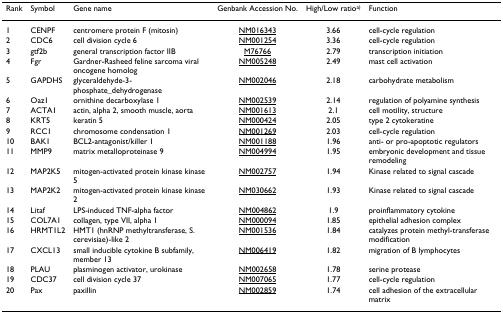
| Rank | Symbol | Gene name | Genbank Accession No. | High/Low ratioa) | Function |
 | --- | --- | --- | --- | --- | --- |
 | 1 | CENPF | centromere protein F (mitosin) | NM016343 | 3.66 | cell-cycle regulation |
 | 2 | CDC6 | cell division cycle 6 | NM001254 | 3.36 | cell-cycle regulation |
 | 3 | gtf2b | general transcription factor IIB | M76766 | 2.79 | transcription initiation |
 | 4 | Fgr | Gardner-Rasheed feline sarcoma viral oncogene homolog | NM005248 | 2.49 | mast cell activation |
 | 5 | GAPDHS | glyceraldehyde-3-phosphate_dehydrogenase | NM002046 | 2.18 | carbohydrate metabolism |
 | 6 | Oaz1 | ornithine decarboxylase 1 | NM002539 | 2.14 | regulation of polyamine synthesis |
 | 7 | ACTA1 | actin, alpha 2, smooth muscle, aorta | NM001613 | 2.1 | cell motility, structure |
 | 8 | KRT5 | keratin 5 | NM000424 | 2.05 | type 2 cytokeratine |
 | 9 | RCC1 | chromosome condensation 1 | NM001269 | 2.03 | cell-cycle regulation |
 | 10 | BAK1 | BCL2-antagonist/killer 1 | NM001188 | 1.96 | anti- or pro-apoptotic regulators |
 | 11 | MMP9 | matrix metalloproteinase 9 | NM004994 | 1.95 | embryonic development and tissue remodeling |
 | 12 | MAP2K5 | mitogen-activated protein kinase kinase 5 | NM002757 | 1.94 | Kinase related to signal cascade |
 | 13 | MAP2K2 | mitogen-activated protein kinase kinase 2 | NM030662 | 1.93 | Kinase related to signal cascade |
 | 14 | Litaf | LPS-induced TNF-alpha factor | NM004862 | 1.9 | proinflammatory cytokine |
 | 15 | COL7A1 | collagen, type VII, alpha 1 | NM000094 | 1.85 | epithelial adhesion complex |
 | 16 | HRMT1L2 | HMT1 (hnRNP methyltransferase, S. cerevisiae)-like 2 | NM001536 | 1.84 | catalyzes protein methyl-transferase modification |
 | 17 | CXCL13 | small inducible cytokine B subfamily, member 13 | NM006419 | 1.82 | migration of B lymphocytes |
 | 18 | PLAU | plasminogen activator, urokinase | NM002658 | 1.78 | serine protease |
 | 19 | CDC37 | cell division cycle 37 | NM007065 | 1.77 | cell-cycle regulation |
 | 20 | Pax | paxillin | NM002859 | 1.74 | cell adhesion of the extracellular matrix |